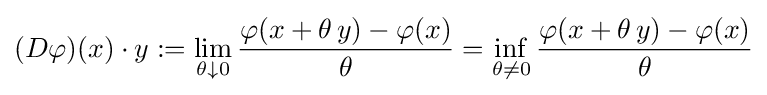
(D\varphi )(x)\cdot y:=\lim _{\theta \downarrow 0}{\frac {\varphi (x+\theta \,y)-\varphi (x)}{\theta }}=\inf _{\theta \neq 0}{\frac {\varphi (x+\theta \,y)-\varphi (x)}{\theta }}